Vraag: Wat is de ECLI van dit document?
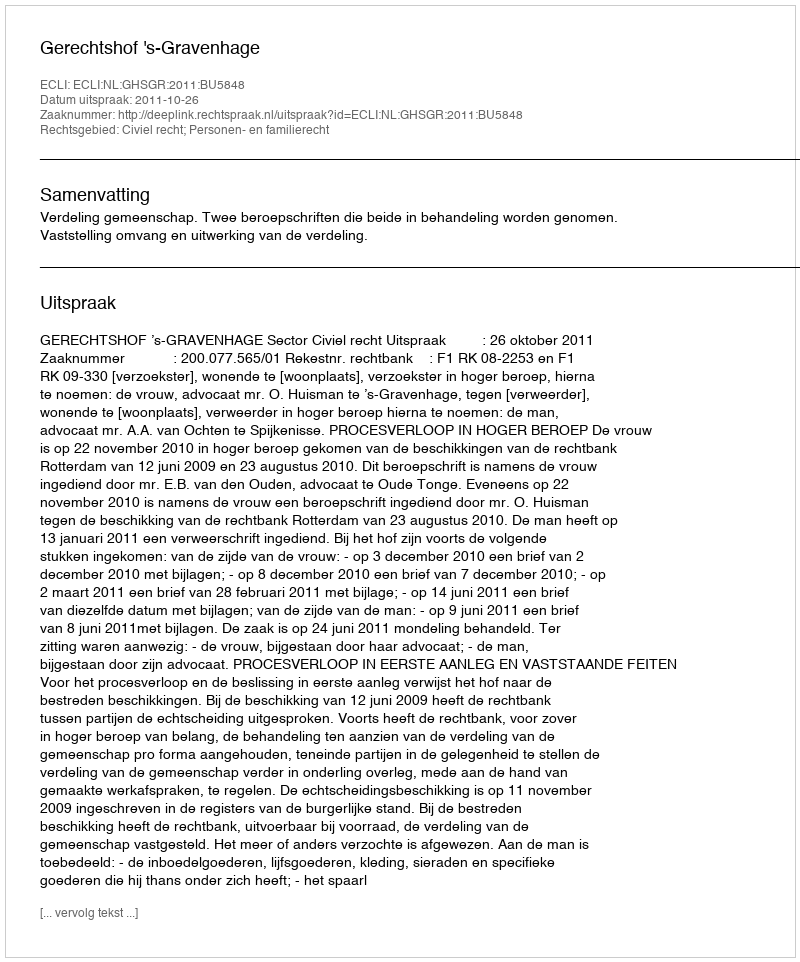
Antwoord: ECLI:NL:GHSGR:2011:BU5848